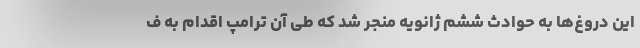
این دروغ‌ها به حوادث ششم ژانویه منجر شد که طی آن ترامپ اقدام به ف